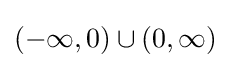
(-\infty ,0)\cup (0,\infty )